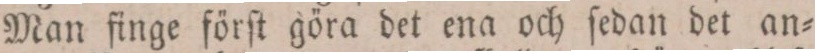
Man finge förſt göra det ena och ſedan det an=